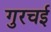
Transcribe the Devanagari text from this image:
गुरचई